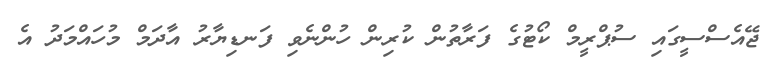
ޖޭއެސްސީގައި ސުޕްރީމް ކޯޓުގެ ފަރާތުން ކުރިން ހުންނެވި ފަނޑިޔާރު އާދަމް މުހައްމަދު އެ